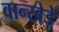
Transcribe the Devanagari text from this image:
वान्खेड़े